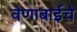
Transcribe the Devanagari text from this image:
वेणाबाईचे